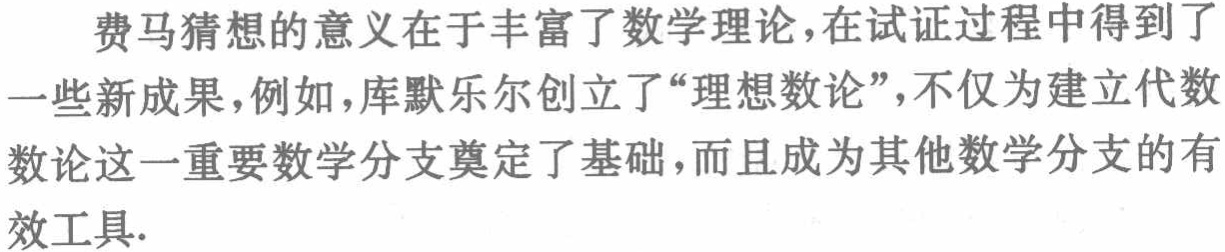
费马猜想的意义在于丰富了数学理论，在试证过程中得到了一些新成果，例如，库默乐尔创立了“理想数论”，不仅为建立代数数论这一重要数学分支奠定了基础，而且成为其他数学分支的有效工具.